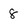
Character: 8